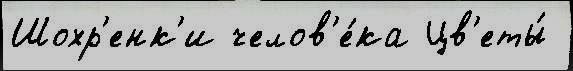
Шохр'енк'и челов'е́ка Цв'еты́